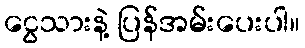
ငွေသားနဲ့ ပြန်အမ်းပေးပါ။